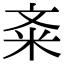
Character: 㪰